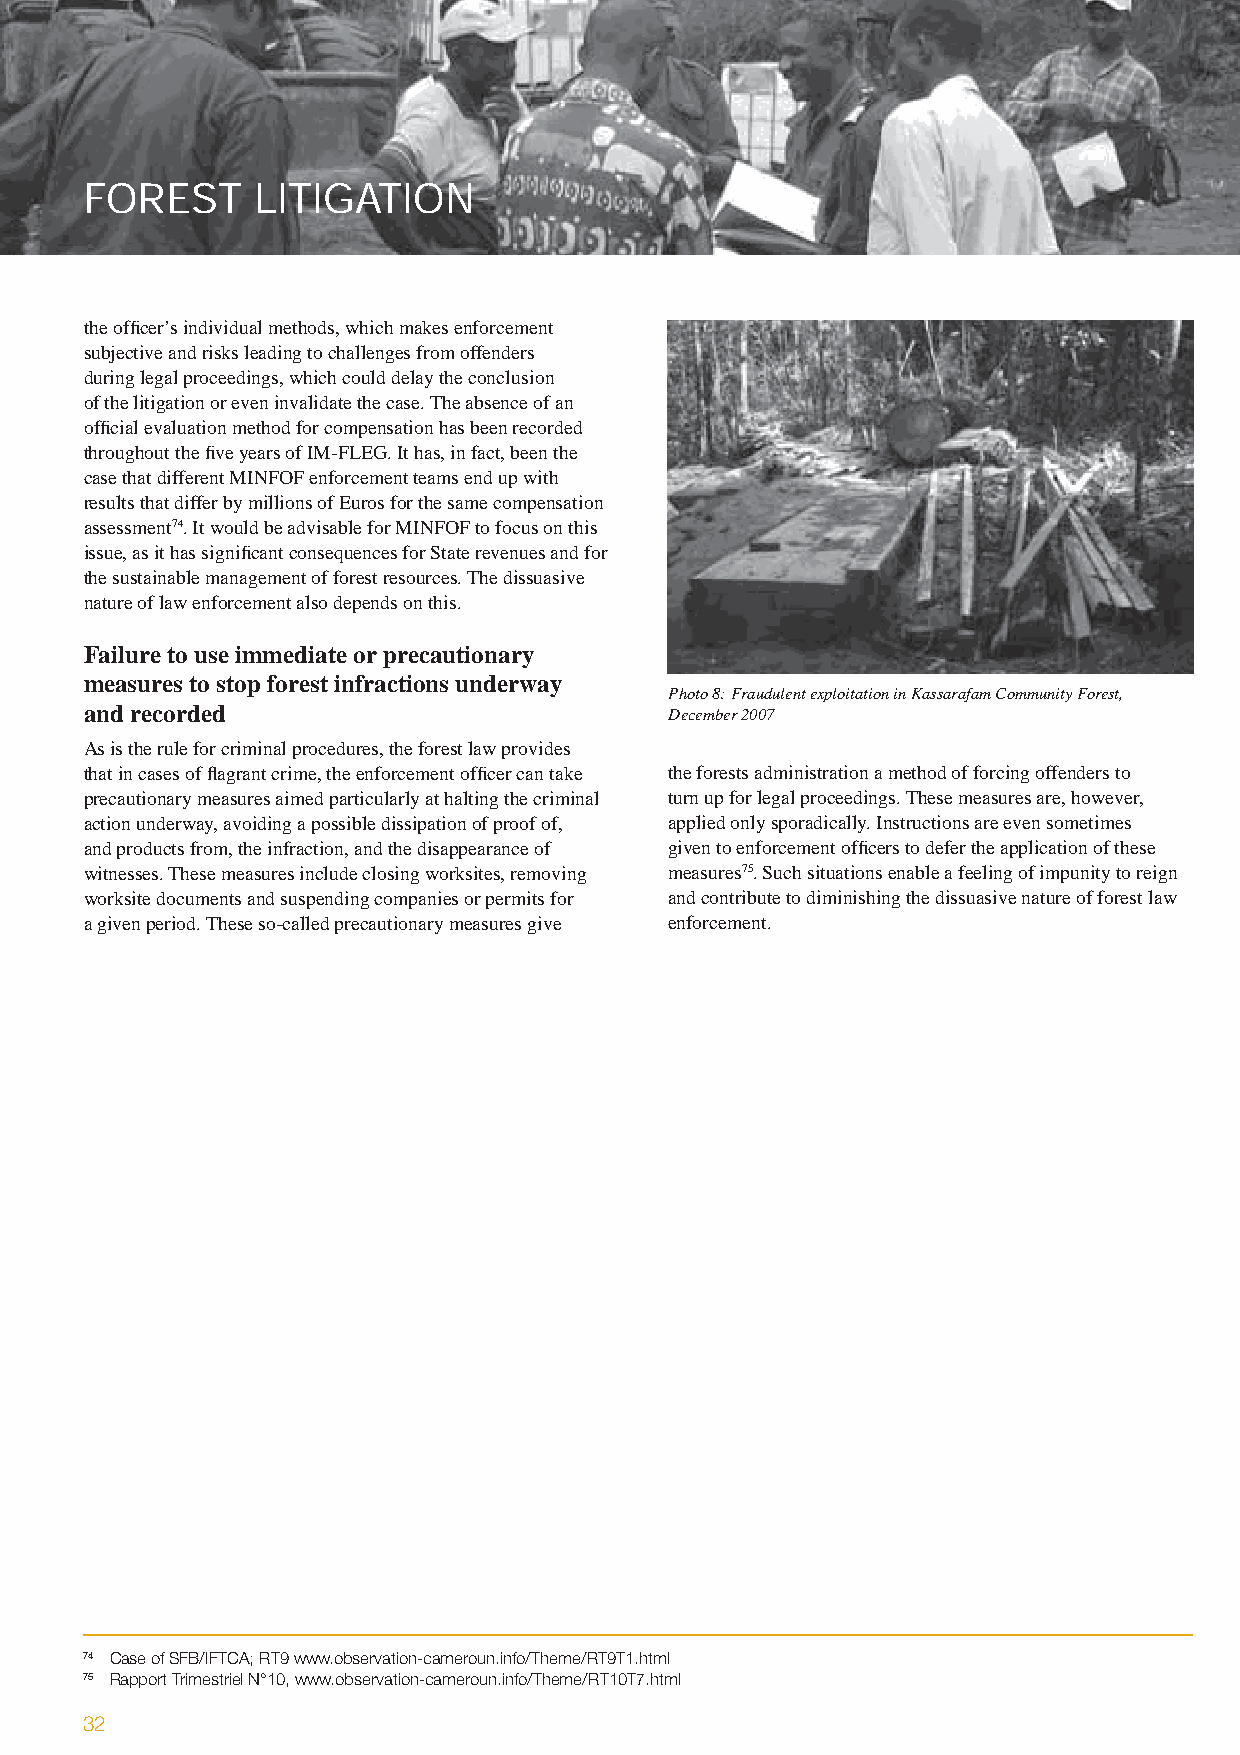
FOREST      LITIGATION
 the offi cer’s individual methods, which makes enforcement
 subjective and risks leading to challenges from offenders
 during legal proceedings, which could delay the conclusion
 of the litigation or even invalidate the case. The absence of an
 offi cial evaluation method for compensation has been recorded
 throughout the fi ve years of IM-FLEG. It has, in fact, been the
 case that different MINFOF enforcement teams end up with
 results that differ by millions of Euros for the same compensation
 assessment74. It would be advisable for MINFOF to focus on this
 issue, as it has signifi cant consequences for State revenues and for
 the sustainable management of forest resources. The dissuasive
 nature of law enforcement also depends on this.
 Failure to use immediate or precautionary
 measures to stop forest infractions underway
 Photo 8: Fraudulent exploitation in Kassarafam Community Forest,
 and recorded                          December 2007
 As is the rule for criminal procedures, the forest law provides
 that in cases of fl agrant crime, the enforcement offi cer can take the forests administration a method of forcing offenders to
 precautionary measures aimed particularly at halting the criminal turn up for legal proceedings. These measures are, however,
 action underway, avoiding a possible dissipation of proof of, applied only sporadically. Instructions are even sometimes
 and products from, the infraction, and the disappearance of given to enforcement offi cers to defer the application of these
 witnesses. These measures include closing worksites, removing measures75. Such situations enable a feeling of impunity to reign
 worksite documents and suspending companies or permits for and contribute to diminishing the dissuasive nature of forest law
 a given period. These so-called precautionary measures give enforcement.
 74 Case of SFB/IFTCA; RT9 www.observation-cameroun.info/Theme/RT9T1.html
 75 Rapport Trimestriel N°10, www.observation-cameroun.info/Theme/RT10T7.html
 32